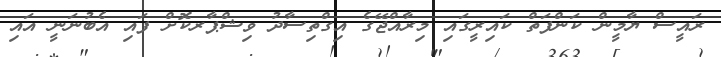
ރައީސް ޔާމީން ކަންފަތް ކައިރީގައި މިރާއްޖޭގެ އިގްތިސާދު ވިޝްޕާރކޮށް ފައި އެބުނަނީ އައި